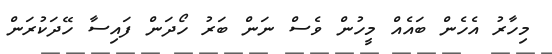
މިހާރު އެހެން ބައެއް މީހުން ވެސް ނަން ބަރު ހޯދަން ފައިސާ ހޭދަކުރަން